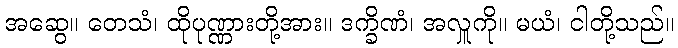
အဆွေ။ တေသံ၊ ထိုပုဏ္ဏားတို့အား။ ဒက္ခိဏံ၊ အလှူကို။ မယံ၊ ငါတို့သည်။